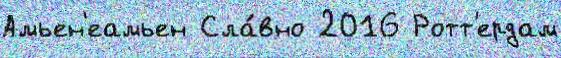
Амьен'еамьен Сла́вно 2016 Ротт'ердам